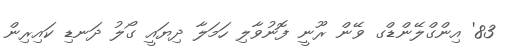
83' އިންގްލޭންޑްގ ވޭން ރޫނީ ފޮނުވާލި ހަމަލާ ދިޔައީ ގޯލު ދަނޑި ކައިރިން